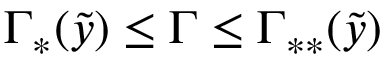
\Gamma _ { \ast } ( \tilde { y } ) \leq \Gamma \leq \Gamma _ { \ast \ast } ( \tilde { y } )